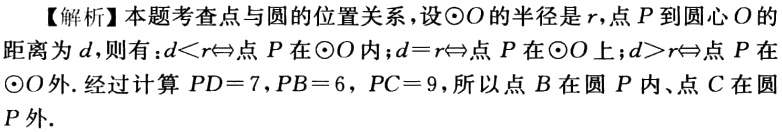
【解析】本题考查点与圆的位置关系，设\(\odot O\)的半径是\(r\)，点\(P\)到圆心\(O\)的距离为\(d\)，则有：\(d < r\Leftrightarrow\)点\(P\)在\(\odot O\)内；\(d = r\Leftrightarrow\)点\(P\)在\(\odot O\)上；\(d>r\Leftrightarrow\)点\(P\)在\(\odot O\)外. 经过计算 \(PD = 7\)，\(PB = 6\)，\(PC = 9\)，所以点\(B\)在圆\(P\)内、点\(C\)在圆\(P\)外.